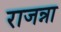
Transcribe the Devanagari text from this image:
राजन्ना